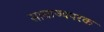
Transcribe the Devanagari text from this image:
साम्राज्यपरक